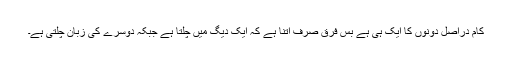
کام دراصل دونوں کا ایک ہی ہے بس فرق صرف اتنا ہے کہ ایک دیگ میں چلتا ہے جبکہ دوسرے کی زبان چلتی ہے۔